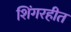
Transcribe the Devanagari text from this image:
शिंगरहीत